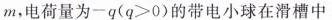
m，电荷量为-q(q≥0)的带电小球在滑槽中